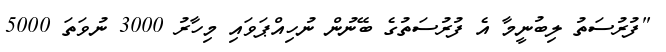
"ފުރުސަތު ލިބުނީމާ އެ ފުރުސަތުގެ ބޭނުން ނުހިއްޕަވައި މިހާރު 3000 ނުވަތަ 5000